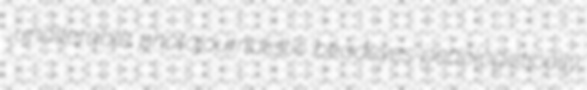
unalterable photojournalistic beadeyes pedologistically